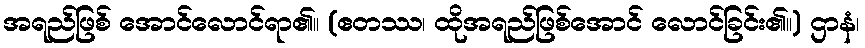
အရည်ဖြစ် အောင်လောင်ရာ၏။ (ဧတဿ၊ ထိုအရည်ဖြစ်အောင် လောင်ခြင်း၏။) ဌာနံ၊